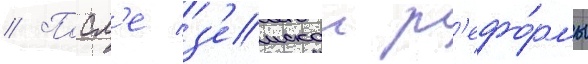
// Посл'е з'емскои р'ефо́рмы